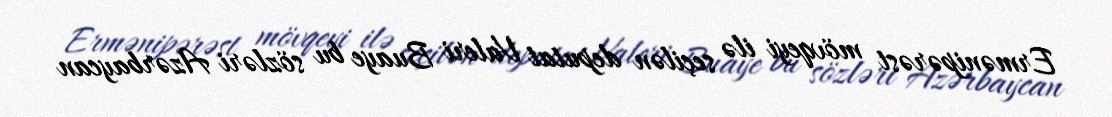
Ermənipərəst mövqeyi ilə seçilən deputat Valeri Buaye bu sözləri Azərbaycan